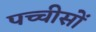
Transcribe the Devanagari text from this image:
पच्चीसों